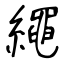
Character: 繩